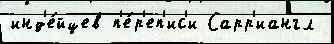
инд'е́йцев п'е́р'еп'ис'и Сарр'иангл